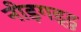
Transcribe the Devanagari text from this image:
नीड़गड्डु